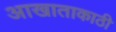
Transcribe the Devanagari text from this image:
आखाताकाठी